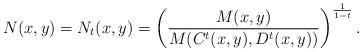
LaTeX: \begin{align*}N(x,y)=N_t(x,y)=\left(\frac{M(x,y)}{M(C^t(x,y),D^t(x,y))}\right)^\frac{1}{1-t}.\end{align*}